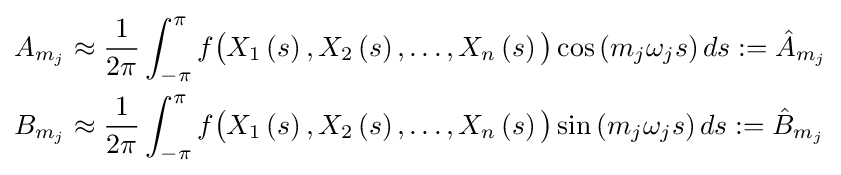
{\begin{aligned}A_{m_{j}}&\approx {\frac {1}{2\pi }}\int _{-\pi }^{\pi }f{\bigl (}X_{1}\left(s\right),X_{2}\left(s\right),\dots ,X_{n}\left(s\right){\bigr )}\cos \left(m_{j}\omega _{j}s\right)ds:={\hat {A}}_{m_{j}}\\B_{m_{j}}&\approx {\frac {1}{2\pi }}\int _{-\pi }^{\pi }f{\bigl (}X_{1}\left(s\right),X_{2}\left(s\right),\dots ,X_{n}\left(s\right){\bigr )}\sin \left(m_{j}\omega _{j}s\right)ds:={\hat {B}}_{m_{j}}\end{aligned}}